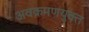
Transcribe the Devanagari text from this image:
अवक्रमणयुक्त